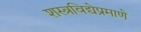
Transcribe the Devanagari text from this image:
शस्त्रविद्येप्रमाणे